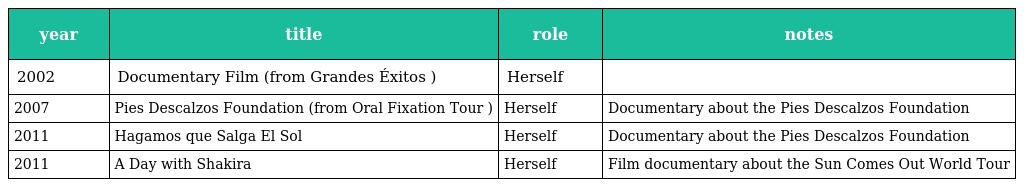
| year | title | role | notes |
 | --- | --- | --- | --- |
 | 2002 | Documentary Film (from Grandes Éxitos ) | Herself |  |
 | 2007 | Pies Descalzos Foundation (from Oral Fixation Tour ) | Herself | Documentary about the Pies Descalzos Foundation |
 | 2011 | Hagamos que Salga El Sol | Herself | Documentary about the Pies Descalzos Foundation |
 | 2011 | A Day with Shakira | Herself | Film documentary about the Sun Comes Out World Tour |